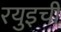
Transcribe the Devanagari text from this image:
रयुइची